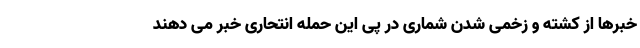
خبرها از کشته و زخمی شدن شماری در پی این حمله انتحاری خبر می دهند